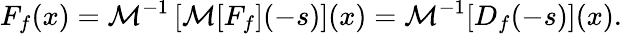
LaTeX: F_{f}(x)={\mathcal{M}}^{-1}\left[{\mathcal{M}}[F_{f}](-s)\right](x)={\mathcal{M}}^{-1}[D_{f}(-s)](x).